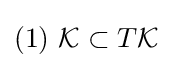
{\mbox{(1) }}{\mathcal {K}}\subset T{\mathcal {K}}